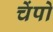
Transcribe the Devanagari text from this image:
चेंपो